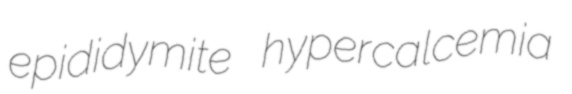
epididymite hypercalcemia